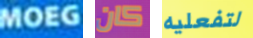
MOEG كان لتفعليه